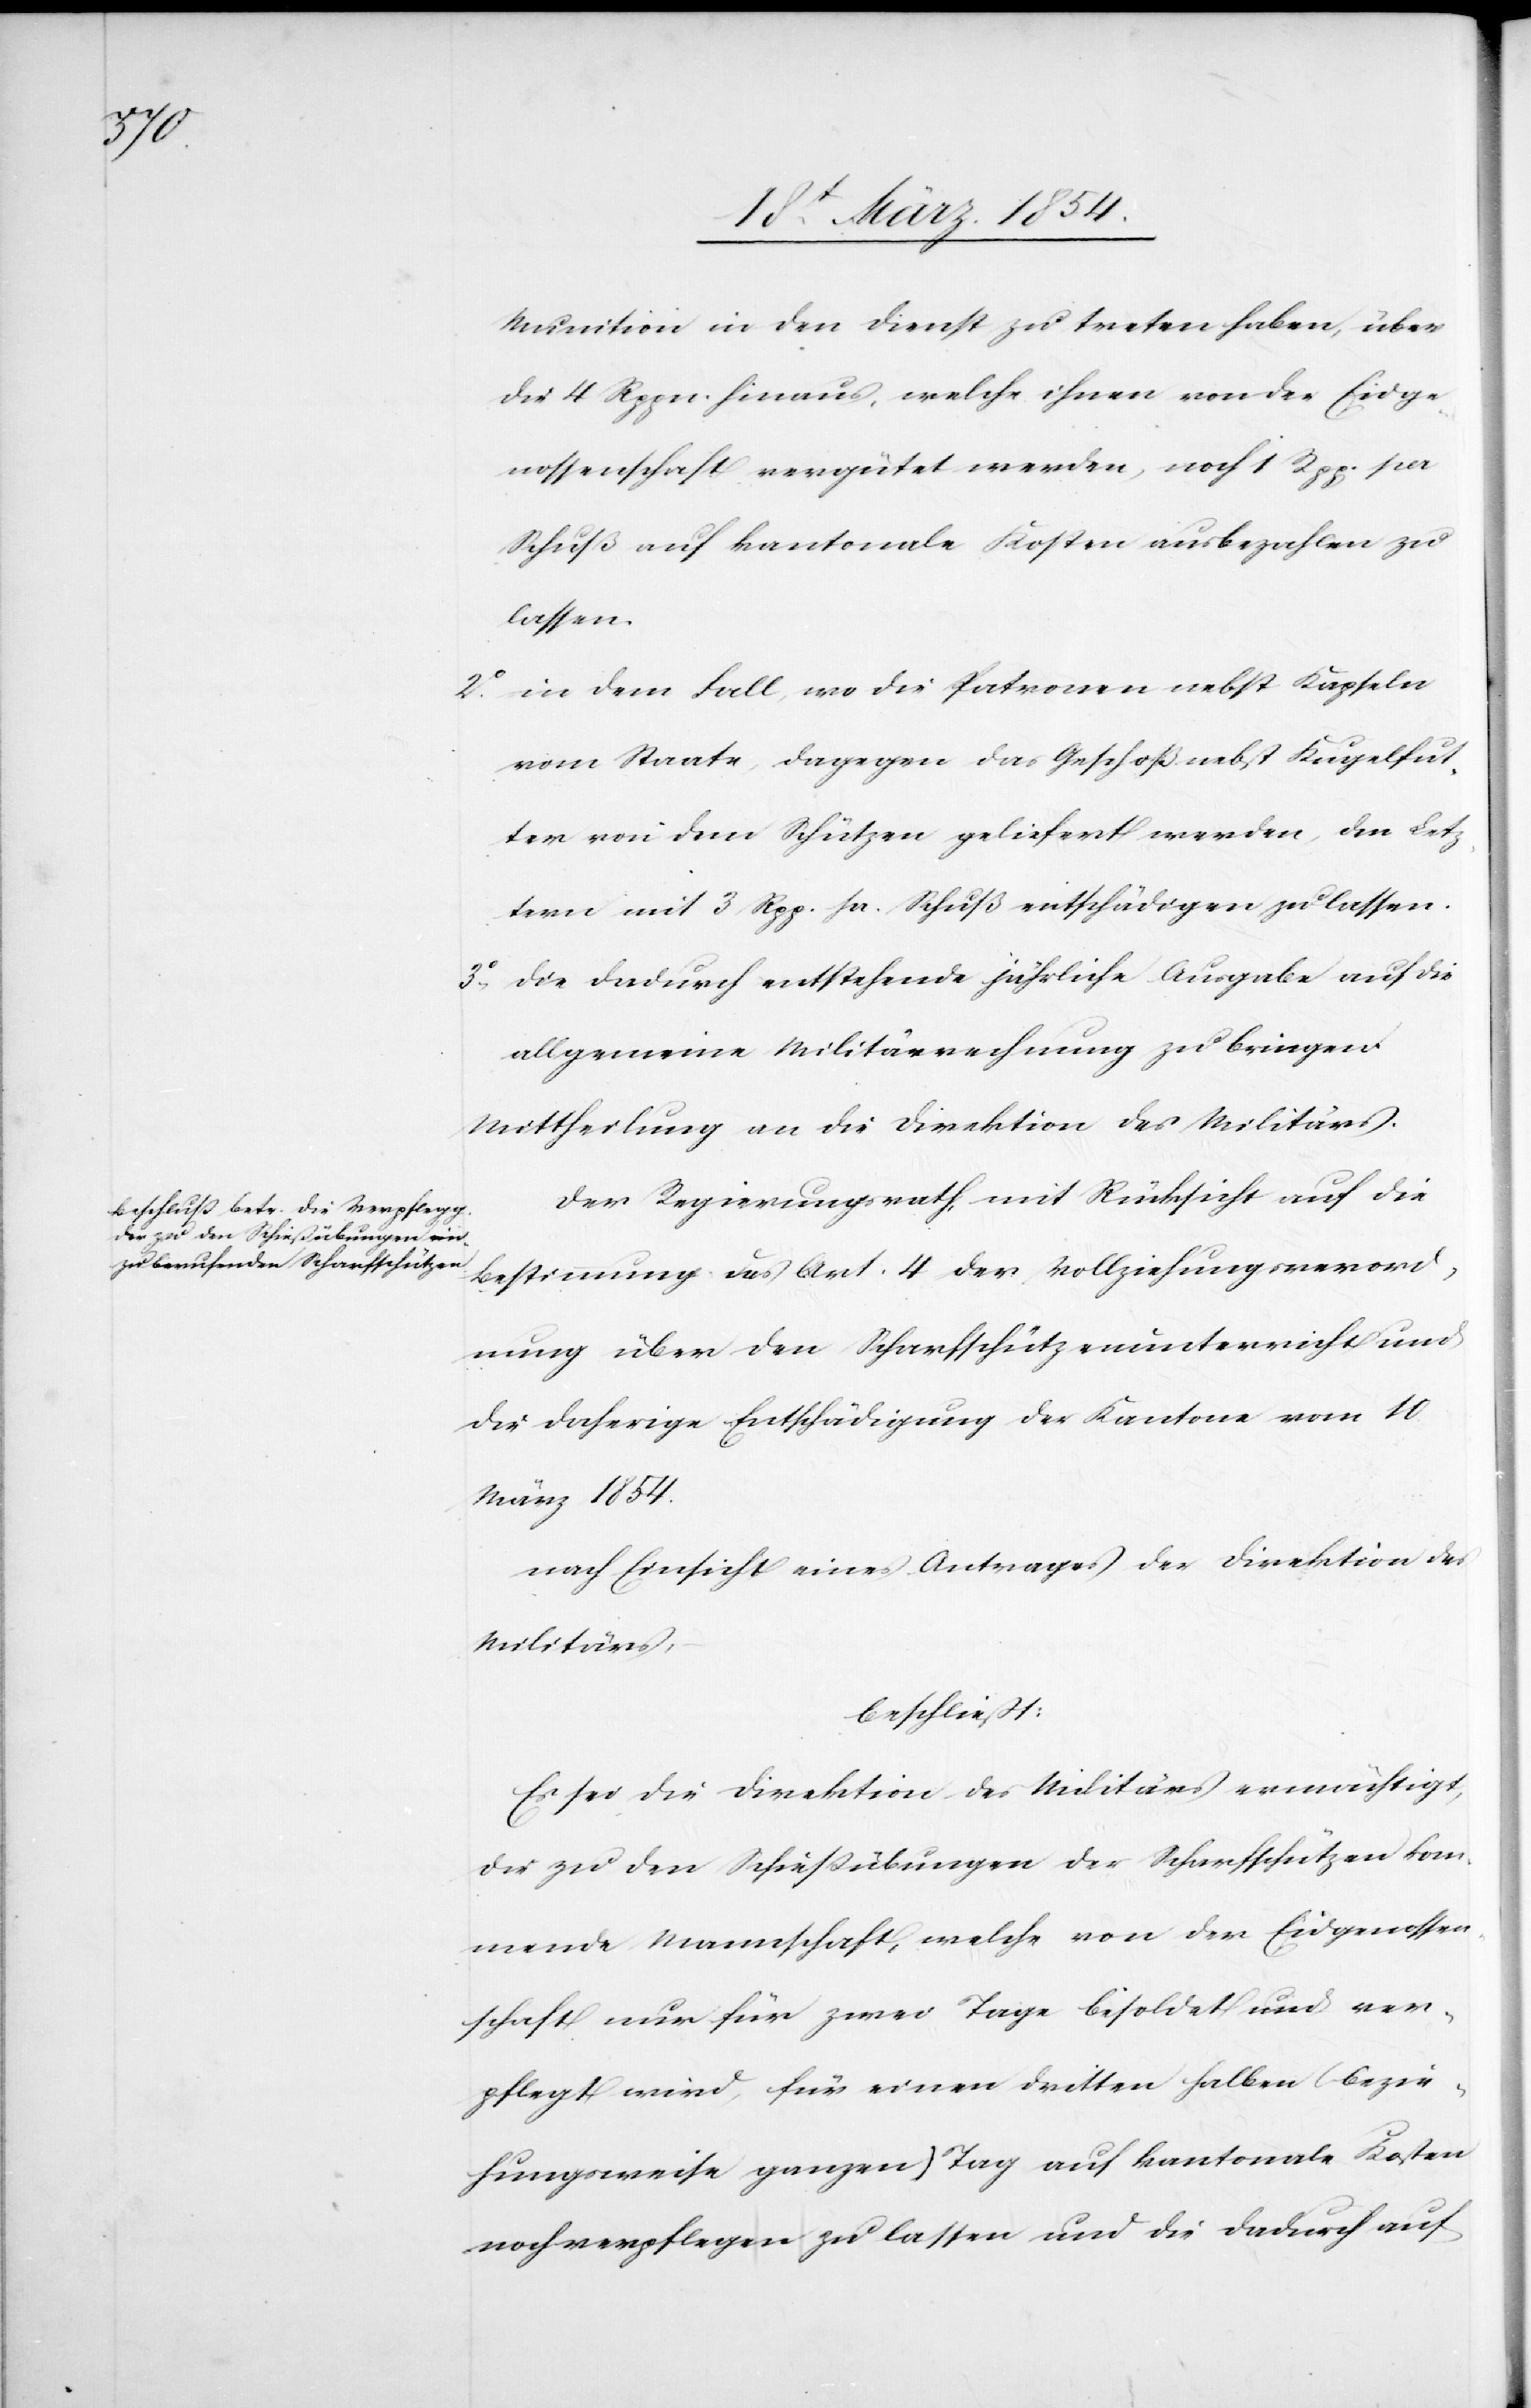
Munition in den Dienst zu treten haben, über
die 4 Rppn. hinaus, welche ihnen von der Eidge¬
nossenschaft vergütet werden, noch 1 Rpp[en] per
Schuß auf kantonale Kosten ausbezahlen zu
lassen.
2o in dem Fall, wo die Patronen nebst Kapseln
vom Staate, dagegen das Geschoß nebst Kugelfut¬
ter von dem Schützen geliefert werden, den Letz¬
tern mit 3 Rpp. pr. Schuß entschädigen zu lassen.
3o Die dadurch entstehende jährliche Ausgabe auf die
allgemeine Militärrechnung zu bringen.
Mittheilung an die Direktion des Militärs.
Der Regierungsrath, mit Rücksicht auf die
Bestimmung des Art. 4 der Vollziehungsverord¬
nung über den Scharfschützenunterricht und
die daherige Entschädigung der Kantone vom 10
März 1854.
nach Einsicht eines Antrages der Direktion des
Militärs,
beschließt:
Es sei die Direktion des Militärs ermächtigt,
die zu den Schießübungen der Scharfschützen kom¬
mende Mannschaft, welche von der Eidgenossen¬
schaft nur für zwei Tage besoldet und ver¬
pflegt wird, für einen dritten halben (bezie¬
hungsweise ganzen) Tag auf kantonale Kosten
noch verpflegen zu lassen und die dadurch auf